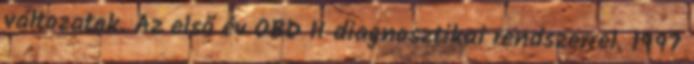
változatok. Az első év OBD II diagnosztikai rendszerrel. 1997